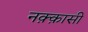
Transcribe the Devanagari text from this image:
नक़्क़ासी